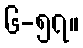
၆-၅၇။